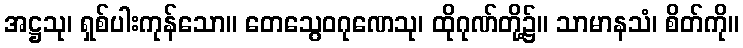
အဋ္ဌသု၊ ရှစ်ပါးကုန်သော။ တေသွေဝဂုဏေသု၊ ထိုဂုဏ်တို့၌။ သာမာနသံ၊ စိတ်ကို။